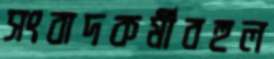
সংবাদকর্মীবহুল